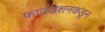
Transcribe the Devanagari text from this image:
फाउंडेशनकडून